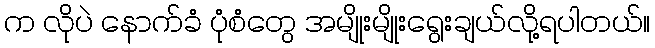
က လိုပဲ နောက်ခံ ပုံစံတွေ အမျိုးမျိုးရွေးချယ်လို့ရပါတယ်။